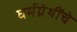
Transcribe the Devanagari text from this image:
घर्मग्रंथींचे